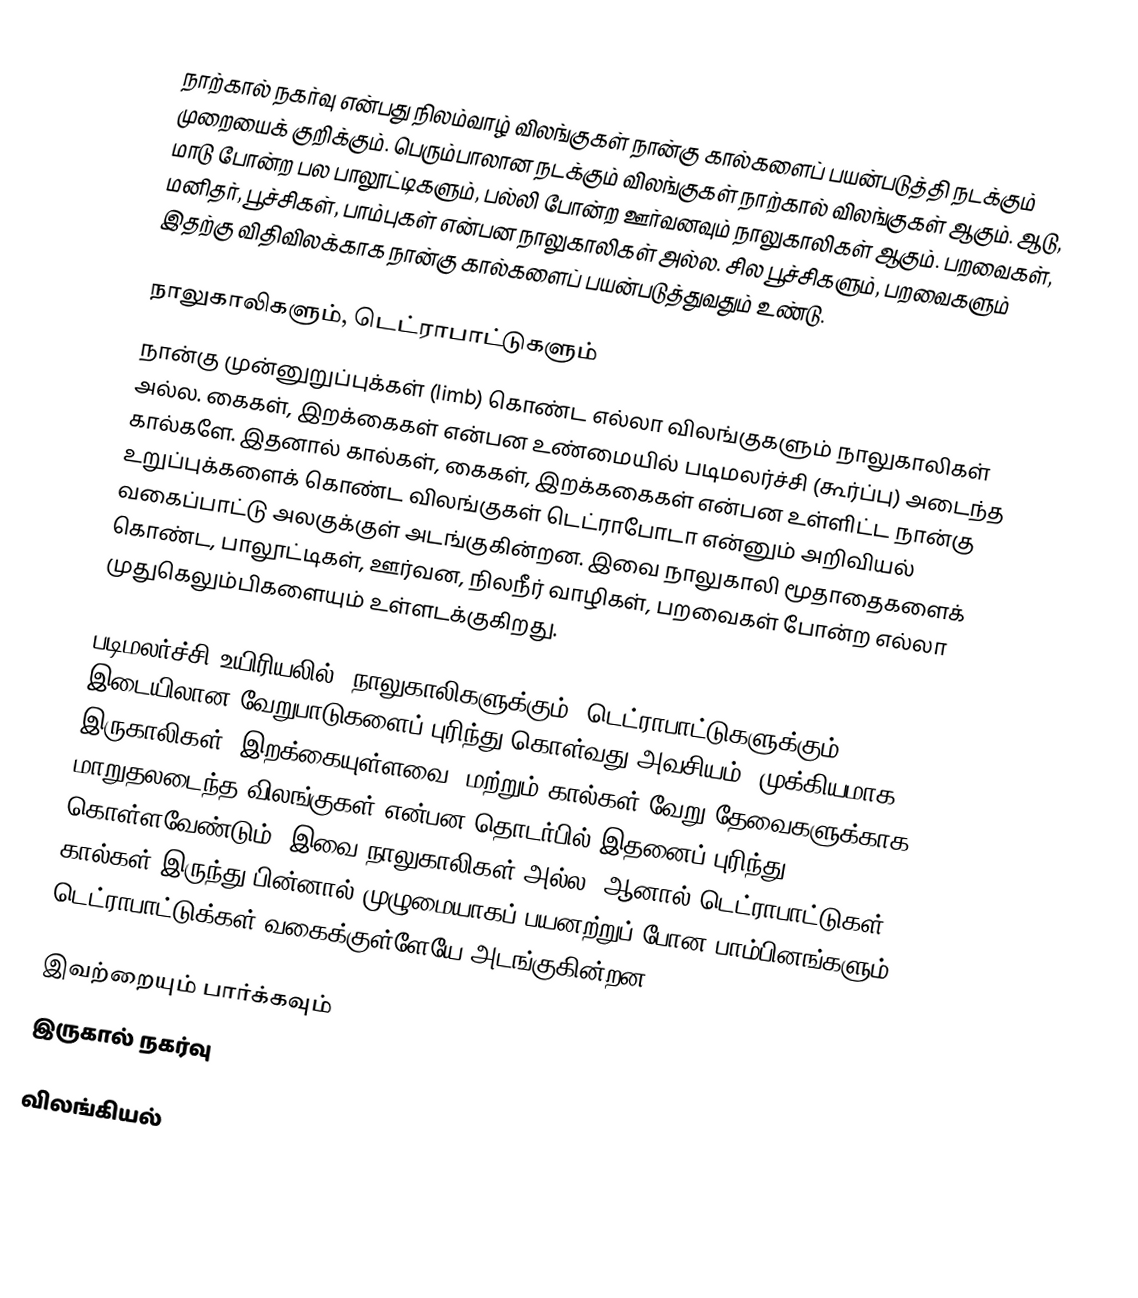
நாற்கால் நகர்வு என்பது நிலம்வாழ் விலங்குகள் நான்கு கால்களைப் பயன்படுத்தி நடக்கும் முறையைக் குறிக்கும். பெரும்பாலான நடக்கும் விலங்குகள் நாற்கால் விலங்குகள் ஆகும். ஆடு, மாடு போன்ற பல பாலூட்டிகளும், பல்லி போன்ற ஊர்வனவும் நாலுகாலிகள் ஆகும். பறவைகள், மனிதர், பூச்சிகள், பாம்புகள் என்பன நாலுகாலிகள் அல்ல. சில பூச்சிகளும், பறவைகளும் இதற்கு விதிவிலக்காக நான்கு கால்களைப் பயன்படுத்துவதும் உண்டு.

நாலுகாலிகளும், டெட்ராபாட்டுகளும்
நான்கு முன்னுறுப்புக்கள் (limb) கொண்ட எல்லா விலங்குகளும் நாலுகாலிகள் அல்ல. கைகள், இறக்கைகள் என்பன உண்மையில் படிமலர்ச்சி (கூர்ப்பு) அடைந்த கால்களே. இதனால் கால்கள், கைகள், இறக்ககைகள் என்பன உள்ளிட்ட நான்கு உறுப்புக்களைக் கொண்ட விலங்குகள் டெட்ராபோடா என்னும் அறிவியல் வகைப்பாட்டு அலகுக்குள் அடங்குகின்றன. இவை நாலுகாலி மூதாதைகளைக் கொண்ட, பாலூட்டிகள், ஊர்வன, நிலநீர் வாழிகள், பறவைகள் போன்ற எல்லா முதுகெலும்பிகளையும் உள்ளடக்குகிறது.

படிமலர்ச்சி உயிரியலில், நாலுகாலிகளுக்கும், டெட்ராபாட்டுகளுக்கும் இடையிலான வேறுபாடுகளைப் புரிந்து கொள்வது அவசியம். முக்கியமாக, இருகாலிகள், இறக்கையுள்ளவை, மற்றும் கால்கள் வேறு தேவைகளுக்காக மாறுதலடைந்த விலங்குகள் என்பன தொடர்பில் இதனைப் புரிந்து கொள்ளவேண்டும். இவை நாலுகாலிகள் அல்ல, ஆனால் டெட்ராபாட்டுகள். கால்கள் இருந்து பின்னால் முழுமையாகப் பயனற்றுப் போன பாம்பினங்களும் டெட்ராபாட்டுக்கள் வகைக்குள்ளேயே அடங்குகின்றன.

இவற்றையும் பார்க்கவும்
 இருகால் நகர்வு

விலங்கியல்